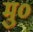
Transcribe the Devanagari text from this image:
मु०